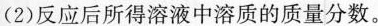
(2)反应后所得溶液中溶质的质量分数。